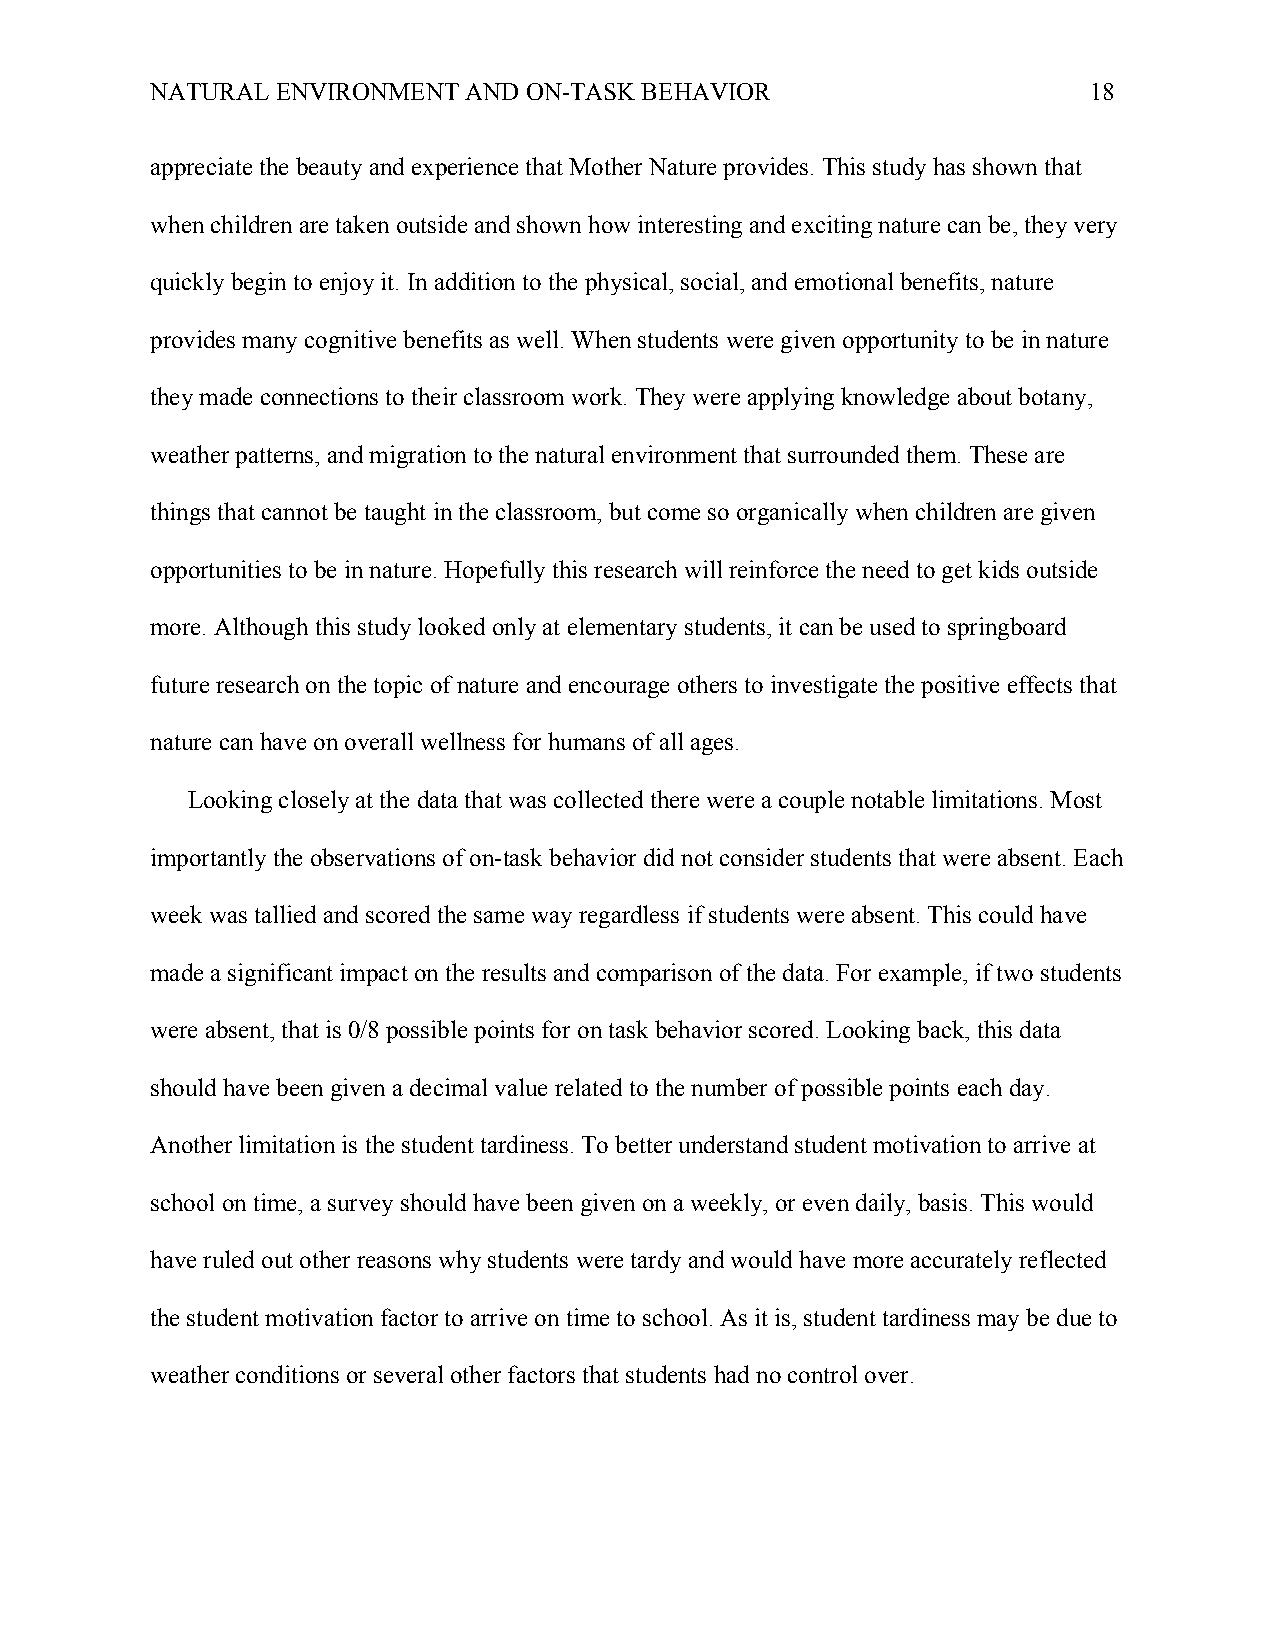
NATURAL ENVIRONMENT  AND ON-TASK BEHAVIOR                     18
 appreciate the beauty and experience that Mother Nature provides. This study has shown that
 when children are taken outside and shown how interesting and exciting nature can be, they very
 quickly begin to enjoy it. In addition to the physical, social, and emotional benefits, nature
 provides many cognitive benefits as well. When students were given opportunity to be in nature
 they made connections to their classroom work. They were applying knowledge about botany,
 weather patterns, and migration to the natural environment that surrounded them. These are
 things that cannot be taught in the classroom, but come so organically when children are given
 opportunities to be in nature. Hopefully this research will reinforce the need to get kids outside
 more. Although this study looked only at elementary students, it can be used to springboard
 future research on the topic of nature and encourage others to investigate the positive effects that
 nature can have on overall wellness for humans of all ages.
 Looking closely at the data that was collected there were a couple notable limitations. Most
 importantly the observations of on-task behavior did not consider students that were absent. Each
 week was tallied and scored the same way regardless if students were absent. This could have
 made a significant impact on the results and comparison of the data. For example, if two students
 were absent, that is 0/8 possible points for on task behavior scored. Looking back, this data
 should have been given a decimal value related to the number of possible points each day.
 Another limitation is the student tardiness. To better understand student motivation to arrive at
 school on time, a survey should have been given on a weekly, or even daily, basis. This would
 have ruled out other reasons why students were tardy and would have more accurately reflected
 the student motivation factor to arrive on time to school. As it is, student tardiness may be due to
 weather conditions or several other factors that students had no control over.